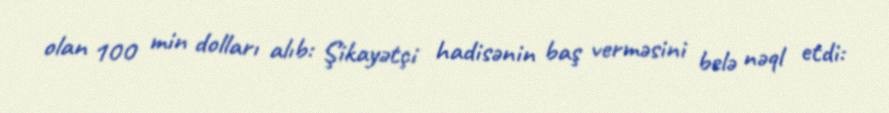
olan 100 min dolları alıb: Şikayətçi hadisənin baş verməsini belə nəql etdi: